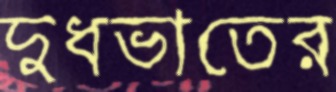
দুধভাতের